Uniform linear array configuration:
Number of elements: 32
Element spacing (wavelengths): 0.5
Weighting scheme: hamming
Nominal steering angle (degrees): -15
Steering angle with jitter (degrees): -16.168
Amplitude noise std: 0.05
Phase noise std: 0.05

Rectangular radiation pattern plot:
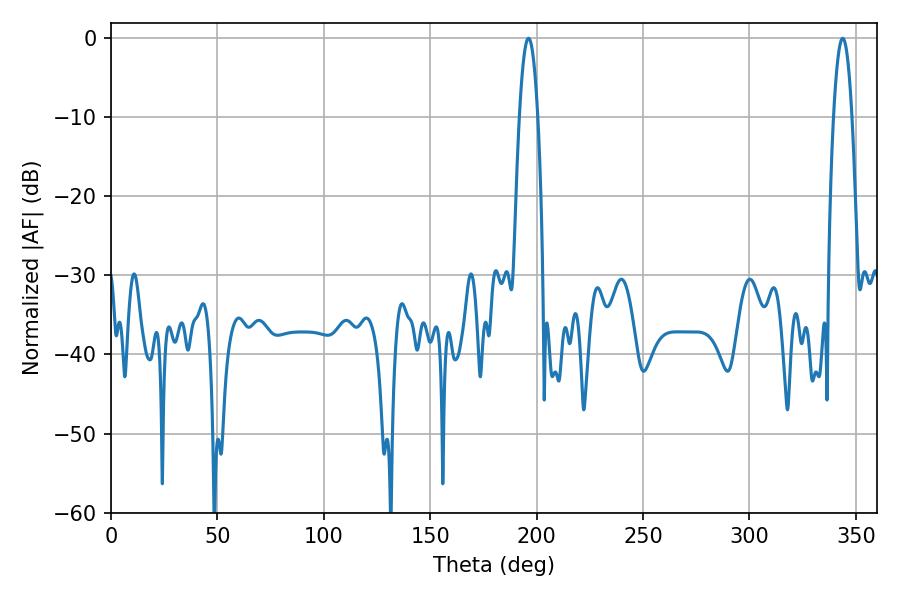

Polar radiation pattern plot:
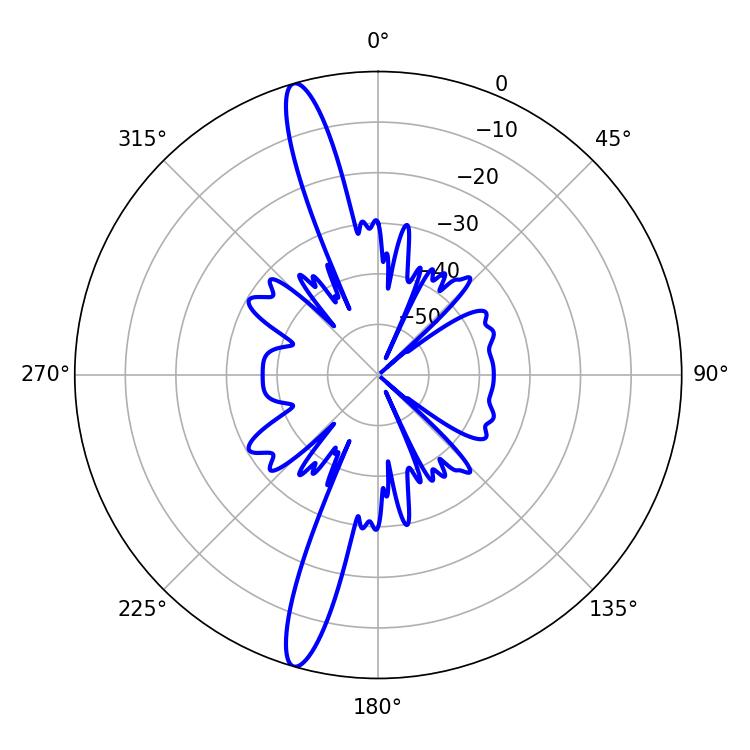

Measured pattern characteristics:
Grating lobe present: FALSE
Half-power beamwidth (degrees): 4.68
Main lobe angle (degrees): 196.2